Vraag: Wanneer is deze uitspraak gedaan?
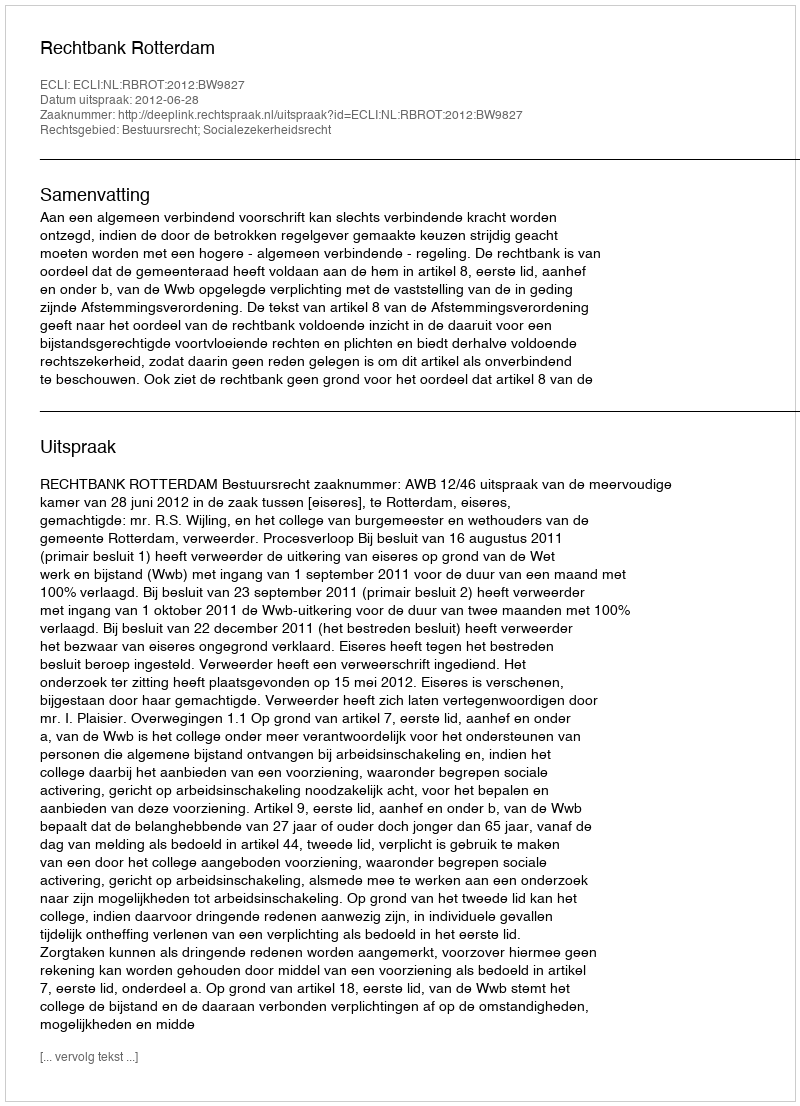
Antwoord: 2012-06-28